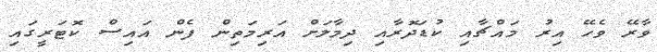
ވާރޭ ވެހޭ އިރު މައްޗާއި ކުޑަދޮރާއި ދިމާލަށް އަރިމަތިން ފެން އައިސް ކޮޓަރީގައި